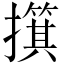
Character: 𫾑